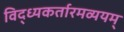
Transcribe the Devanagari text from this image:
विद्ध्यकर्तारमव्ययम्‌